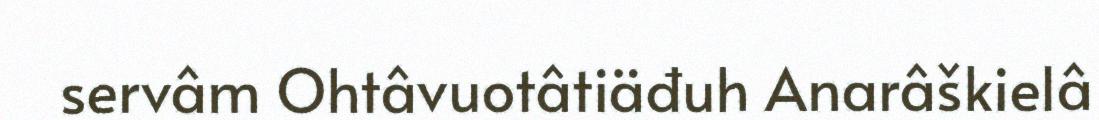
servâm Ohtâvuotâtiäđuh Anarâškielâ